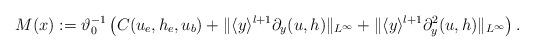
LaTeX: \begin{align*}\begin{aligned}M(x):=\vartheta_0^{-1}\left(C(u_e,h_e,u_b)+\Vert \langle y\rangle^{l+1}\partial_y (u,h)\Vert_{L^\infty}+\Vert \langle y\rangle^{l+1}\partial_y^2 (u,h)\Vert_{L^\infty}\right).\end{aligned}\end{align*}